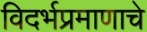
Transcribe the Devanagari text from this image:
विदर्भप्रमाणाचे